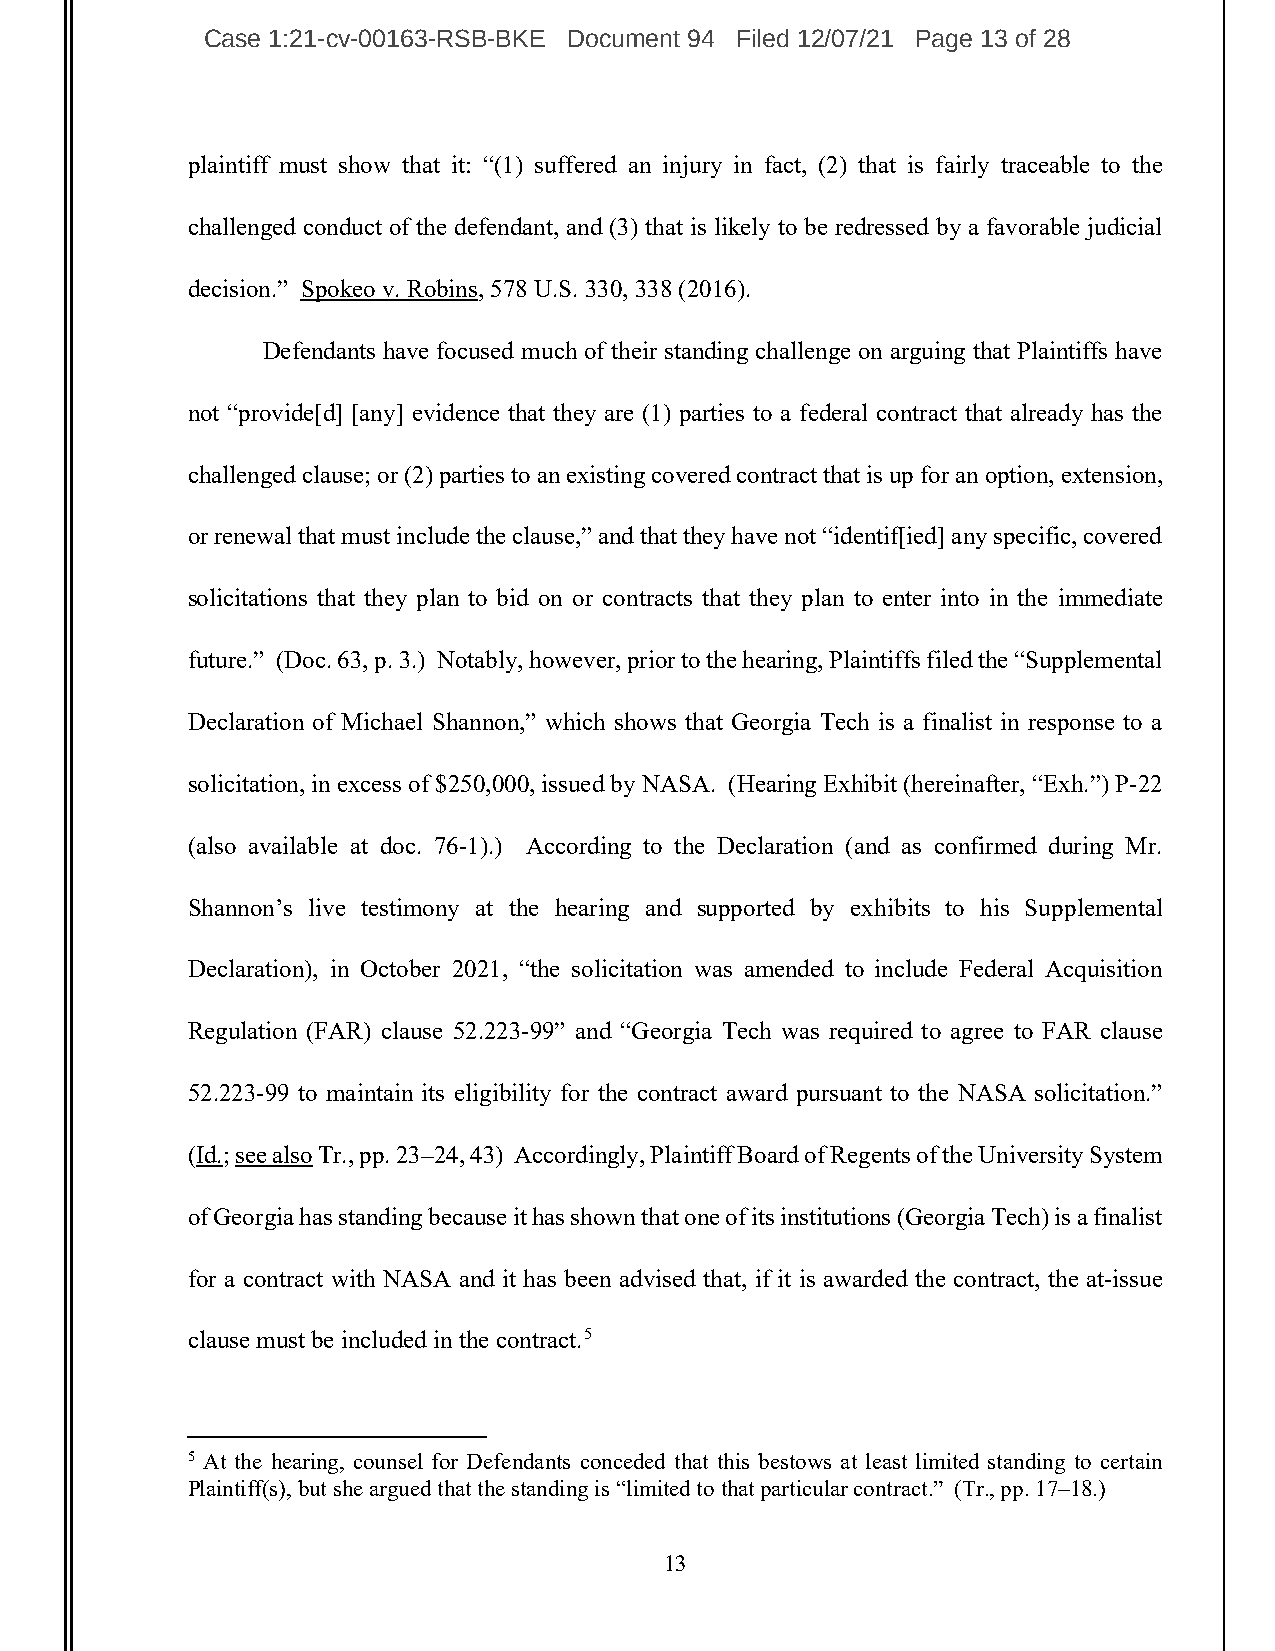
Case 1:21-cv-00163-RSB-BKE Document 94 Filed 12/07/21 Page 13 of 28
 plaintiff must show that it: “(1) suffered an injury in fact, (2) that is fairly traceable to the
 challenged conduct of the defendant, and (3) that is likely to be redressed by a favorable judicial
 decision.” Spokeo v. Robins, 578 U.S. 330, 338 (2016).
 Defendants have focused much of their standing challenge on arguing that Plaintiffs have
 not “provide[d] [any] evidence that they are (1) parties to a federal contract that already has the
 challenged clause; or (2) parties to an existing covered contract that is up for an option, extension,
 or renewal that must include the clause,” and that they have not “identif[ied] any specific, covered
 solicitations that they plan to bid on or contracts that they plan to enter into in the immediate
 future.” (Doc. 63, p. 3.) Notably, however, prior to the hearing, Plaintiffs filed the “Supplemental
 Declaration of Michael Shannon,” which shows that Georgia Tech is a finalist in response to a
 solicitation, in excess of $250,000, issued by NASA. (Hearing Exhibit (hereinafter, “Exh.”) P-22
 (also available at doc. 76-1).) According to the Declaration (and as confirmed during Mr.
 Shannon’s live testimony at the hearing and supported by exhibits to his Supplemental
 Declaration), in October 2021, “the solicitation was amended to include Federal Acquisition
 Regulation (FAR) clause 52.223-99” and “Georgia Tech was required to agree to FAR clause
 52.223-99 to maintain its eligibility for the contract award pursuant to the NASA solicitation.”
 (Id.; see also Tr., pp. 23–24, 43) Accordingly, Plaintiff Board of Regents of the University System
 of Georgia has standing because it has shown that one of its institutions (Georgia Tech) is a finalist
 for a contract with NASA and it has been advised that, if it is awarded the contract, the at-issue
 clause must be included in the contract.5
 5 At the hearing, counsel for Defendants conceded that this bestows at least limited standing to certain
 Plaintiff(s), but she argued that the standing is “limited to that particular contract.” (Tr., pp. 17–18.)
 13